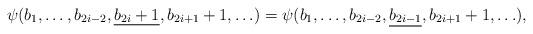
LaTeX: \begin{align*}\psi(b_1,\ldots,b_{2i-2},\underline{b_{2i}+1}, b_{2i+1}+1, \ldots) &=\psi(b_1,\ldots,b_{2i-2},\underline{b_{2i-1}}, b_{2i+1}+1, \ldots),\end{align*}